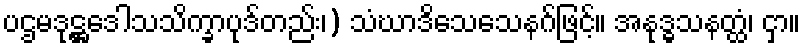
ပဌမဒုဋ္ဌဒေါသသိက္ခာပုဒ်တည်း၊) သံဃာဒိသေသေနဂ်ဖြင့်။ အနုဒ္ဓသနတ္ထံ၊ ငှာ။